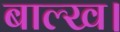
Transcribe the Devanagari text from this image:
बाल्ख।